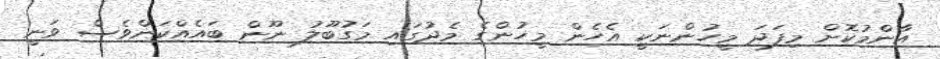
އާންމުކޮށް މިފަދަ މީހުންނަކީ އެހެން މީހުންގެ މެދުގައި މަގުބޫލު ނޫން ބައެއްކަންވެސް ވަނީ